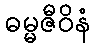
ဓမ္မဇီဝိနံ